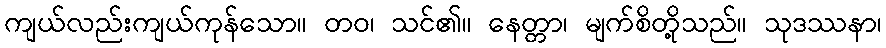
ကျယ်လည်းကျယ်ကုန်သော။ တဝ၊ သင်၏။ နေတ္တာ၊ မျက်စိတို့သည်။ သုဒဿနာ၊